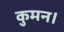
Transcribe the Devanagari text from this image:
कुमन।